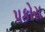
પકોરા